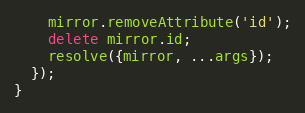
Language: JavaScript
    mirror.removeAttribute('id');
    delete mirror.id;
    resolve({mirror, ...args});
  });
}